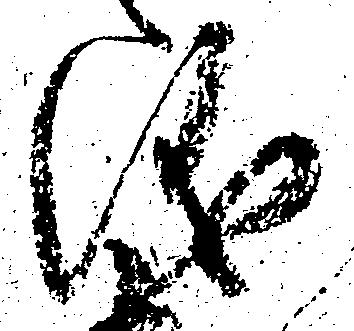
儀